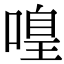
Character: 𠹡